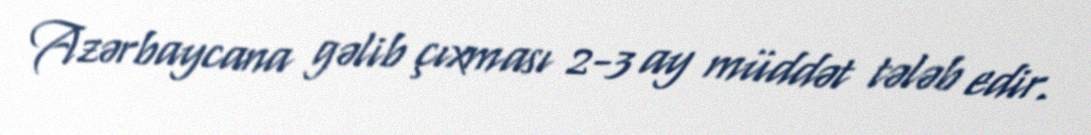
Azərbaycana gəlib çıxması 2-3 ay müddət tələb edir.